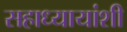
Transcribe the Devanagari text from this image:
सहाध्यायांशी